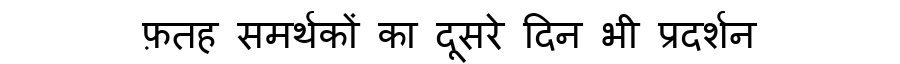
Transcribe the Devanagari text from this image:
फ़तह समर्थकों का दूसरे दिन भी प्रदर्शन